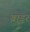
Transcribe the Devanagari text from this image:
ब्रांडर